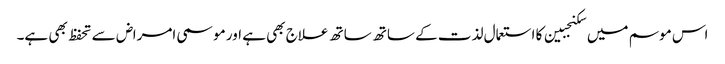
اس موسم میں سکنجبین کا استعمال لذت کے ساتھ ساتھ علاج بھی ہے اور موسمی امراض سے تحفظ بھی ہے۔